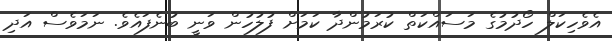
އެވެހިކަލް ހޯދުމުގެ މަސައްކަތް ކުރަމުންދާ ކަމަށް ފުލުހުން ވަނީ ބުނެފައެވެ. ނަމަވެސް އަދި